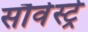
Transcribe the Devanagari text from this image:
सौवेस्ट्रे